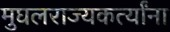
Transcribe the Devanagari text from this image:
मुघलराज्यकर्त्यांना